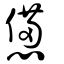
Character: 憊